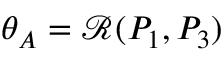
\theta _ { A } = \mathcal { R } ( P _ { 1 } , P _ { 3 } )